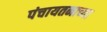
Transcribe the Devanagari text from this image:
पंचायतनाच्या